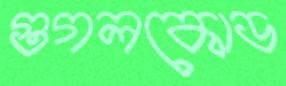
গুগলকোড